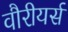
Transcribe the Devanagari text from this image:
वौरीयर्स